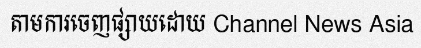
តាមការចេញផ្សាយដោយ Channel News Asia